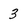
Character: 3